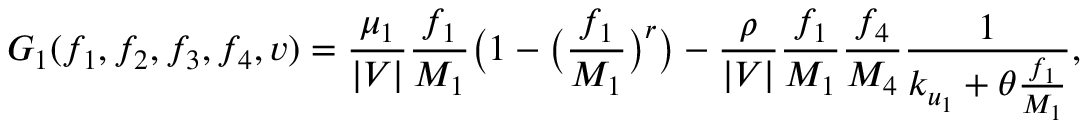
G _ { 1 } ( f _ { 1 } , f _ { 2 } , f _ { 3 } , f _ { 4 } , v ) = \frac { \mu _ { 1 } } { | V | } \frac { f _ { 1 } } { M _ { 1 } } \big ( 1 - \big ( \frac { f _ { 1 } } { M _ { 1 } } \big ) ^ { r } \big ) - \frac { \rho } { | V | } \frac { f _ { 1 } } { M _ { 1 } } \frac { f _ { 4 } } { M _ { 4 } } \frac { 1 } { k _ { u _ { 1 } } + \theta \frac { f _ { 1 } } { M _ { 1 } } } ,